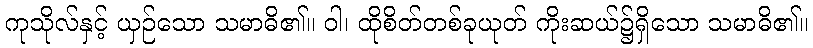
ကုသိုလ်နှင့် ယှဉ်သော သမာဓိ၏။ ဝါ၊ ထိုစိတ်တစ်ခုယုတ် ကိုးဆယ်၌ရှိသော သမာဓိ၏။